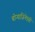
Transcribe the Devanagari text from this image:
बोऱ्याजिनेएसी